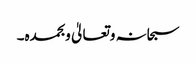
سبحانہ وتعالیٰ وبحمدہ۔